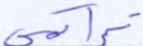
تراكمي